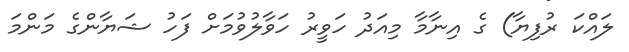
ލައްކަ ރުފިޔާ) ގެ އިނާމާ މިއަދު ހަވީރު ހަވާލުވުމަށް ފަހު ޝަޔާންގެ މަންމަ